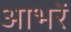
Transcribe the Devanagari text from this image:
आभरें